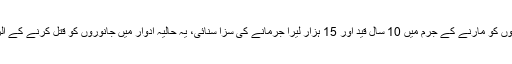
عدالت نے ملزمان کو قصور وار ٹہراتے ہوئے آوارہ کتوں کو مارنے کے جرم میں 10 سال قید اور 15 ہزار لیرا جرمانے کی سزا سنائی، یہ حالیہ ادوار میں جانوروں کو قتل کرنے کے الزام میں شہریوں کو دی جانے والی سخت ترین سزا ہے۔